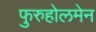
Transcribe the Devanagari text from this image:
फुरुहोलमेन